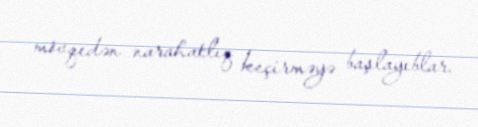
mövqedən narahatlıq keçirməyə başlayıblar.